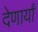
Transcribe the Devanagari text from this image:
देणार्यां